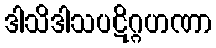
ဒါသိဒါသပဋိဂ္ဂဟဏာ